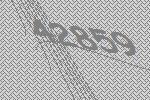
42859